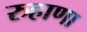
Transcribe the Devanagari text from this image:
रुहाणा